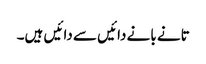
تانے بانے دائیں سے دائیں ہیں۔